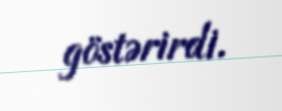
göstərirdi.